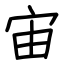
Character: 宙